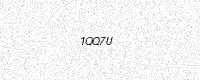
Text: 1QQ7U